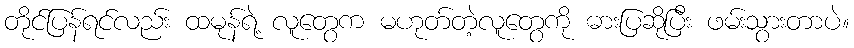
တိုင်ပြန်ရင်လည်း ထမုန်ရဲ့ လူတွေက မဟုတ်တဲ့လူတွေကို ဓားပြဆိုပြီး ဖမ်းသွားတာပဲ။